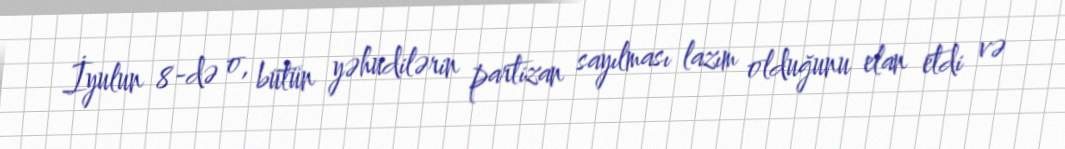
İyulun 8-də o, bütün yəhudilərin partizan sayılması lazım olduğunu elan etdi və